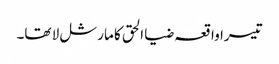
تیسرا واقعہ ضیا الحق کا مارشل لا تھا۔